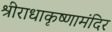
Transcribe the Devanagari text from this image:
श्रीराधाकृष्णामंदिर